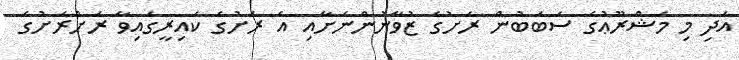
އަދި މި މަޝްރޫޢުގެ ސަބަބުން ރަށުގެ ޒުވާނުންނަށާއި އެ ރަށުގެ ކައިރީގައިވާ ރަށްރަށުގެ